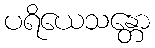
ပရိယေသန္တော